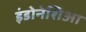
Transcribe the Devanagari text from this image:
इंडोनेशिआ